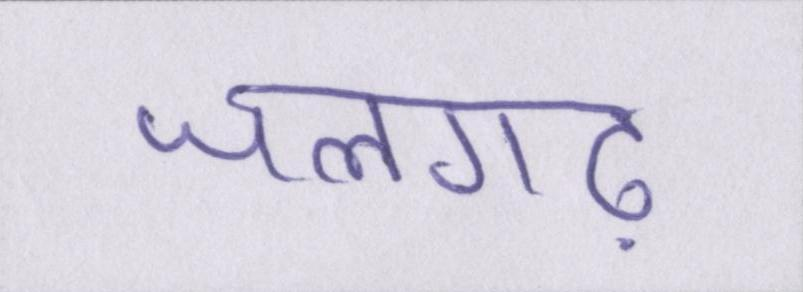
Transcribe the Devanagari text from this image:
जलगढ़